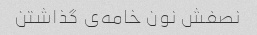
نصفش نون خامه‌ی گذاشتن